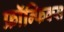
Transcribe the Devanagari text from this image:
फ्रॉन्फिक्स